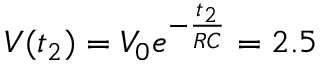
V ( t _ { 2 } ) = V _ { 0 } e ^ { - \frac { t _ { 2 } } { R C } } = 2 . 5